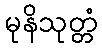
မုနိသုတ္တံ